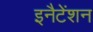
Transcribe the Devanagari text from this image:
इनैटेंशन